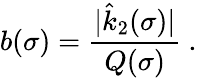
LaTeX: b(\sigma)=\frac{|\hat{k}_{2}(\sigma)|}{Q(\sigma)}\ .